Rangoon Lunatic Asylum 1893-1897 - 1893-1897
Year: 1893
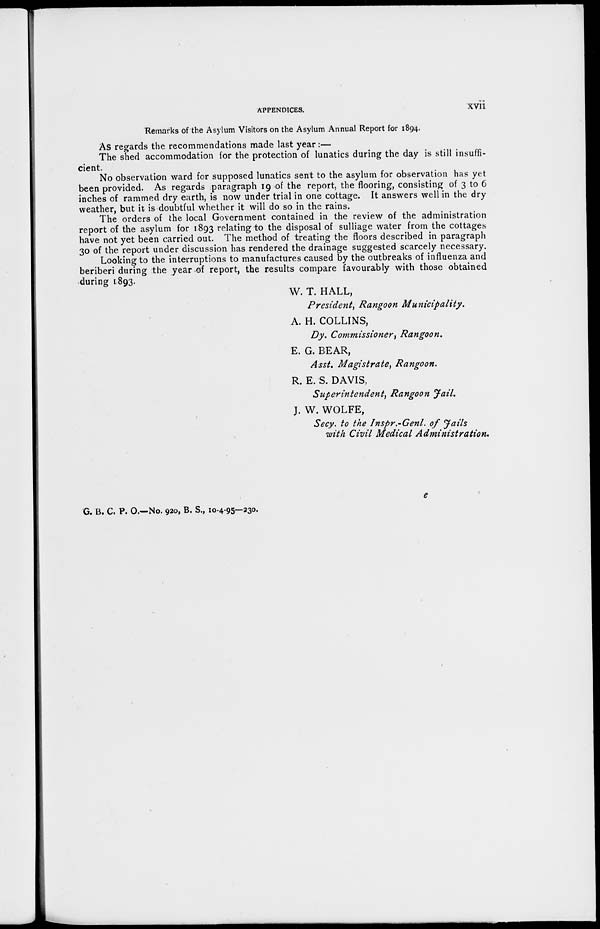
APPENDICES.
xvii
Remarks of the Asylum Visitors on the Asylum Annual Report for 1894.
As regards the recommendations made last year:—
The shed accommodation for the protection of lunatics during the day is still insuffi-
cient.
No observation ward for supposed lunatics sent to the asylum for observation has yet
been provided. As regards paragraph 19 of the report, the flooring, consisting of 3 to 6
inches of rammed dry earth, is now under trial in one cottage. It answers well in the dry
weather, but it is doubtful whether it will do so in the rains.
The orders of the local Government contained in the review of the administration
report of the asylum for 1893 relating to the disposal of sulliage water from the cottages
have not yet been carried out. The method of treating the floors described in paragraph
30 of the report under discussion has rendered the drainage suggested scarcely necessary.
Looking to the interruptions to manufactures caused by the outbreaks of influenza and
beriberi during the year of report, the results compare favourably with those obtained
during 1893.
W. T. HALL,
President, Rangoon Municipality.
A. H. COLLINS,
Dy. Commissioner, Rangoon.
E. G. BEAR,
Asst. Magistrate, Rangoon.
R. E. S. DAVIS,
Superintendent, Rangoon Jail.
J. W. WOLFE,
Secy. to the Inspr.-Genl. of Jails
with Civil Medical Administration.
e
G. B. C. P. O.—No. 920, B. S., 10-4-95—230.